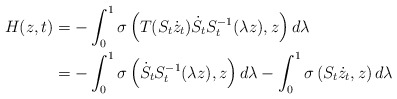
\begin{align*}H(z,t) & =-\int_{0}^{1}\sigma\left( T(S_{t}\dot{z}_{t})\dot{S}_{t}S_{t}^{-1}(\lambda z),z\right) d\lambda\\& =-\int_{0}^{1}\sigma\left( \dot{S}_{t}S_{t}^{-1}(\lambda z),z\right)d\lambda-\int_{0}^{1}\sigma\left( S_{t}\dot{z}_{t},z\right) d\lambda\end{align*}